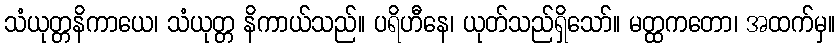
သံယုတ္တနိကာယေ၊ သံယုတ္တ နိကာယ်သည်။ ပရိဟီနေ၊ ယုတ်သည်ရှိသော်။ မတ္ထကတော၊ အထက်မှ။